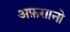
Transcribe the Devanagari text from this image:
अफ़ग़ानो